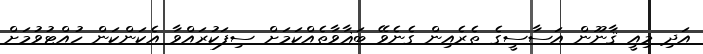
އަދި މިއީ ޤާނޫން އަސާސީގެ ތެރެއިން ގެނެވޭ ބަޣާވާތެއްކަމަށް ސިފަކުރައްވާ އެކަންކަން ހުއްޓުވުމަށް